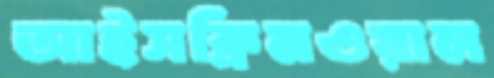
আইসক্রিমওয়াল